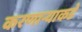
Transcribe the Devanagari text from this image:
करणाऱ्याकडे